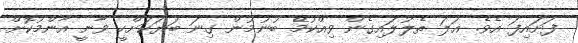
ފަށައިފަ އެވެ. އަލަ ތެލުލައިގެން ވިއްކުމޭ ބުނުމުން ގިނަ ބަޔަކަށްހީ ވާނީ އާންމުކޮށް